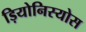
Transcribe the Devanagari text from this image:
ड़ियोनिस्योस